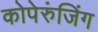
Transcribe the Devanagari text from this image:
कोपेरुंजिंग